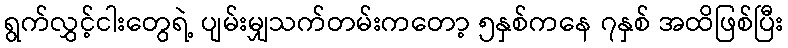
ရွက်လွှင့်ငါးတွေရဲ့ ပျမ်းမျှသက်တမ်းကတော့ ၅နှစ်ကနေ ၇နှစ် အထိဖြစ်ပြီး